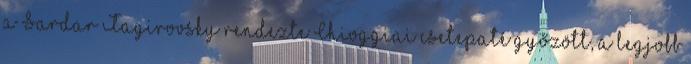
a Sardar Tagirovsky rendezte Chioggiai csetepaté győzött, a legjobb